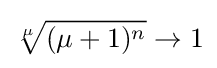
{\sqrt[{\mu }]{(\mu +1)^{n}}}\to 1